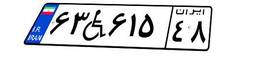
۶۳W۶۱۵۴۸